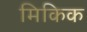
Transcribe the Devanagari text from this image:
मिकिक